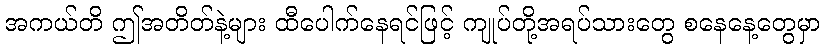
အကယ်တိ ဤအတိတ်နဲ့များ ထီပေါက်နေရင်ဖြင့် ကျုပ်တို့အရပ်သားတွေ စနေနေ့တွေမှာ